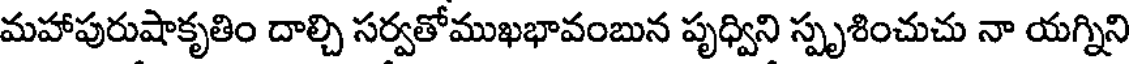
మహాపురుషాకృతిం దాల్చి సర్వతోముఖభావంబున పృధ్విని స్పృశించుచు నా యగ్నిని